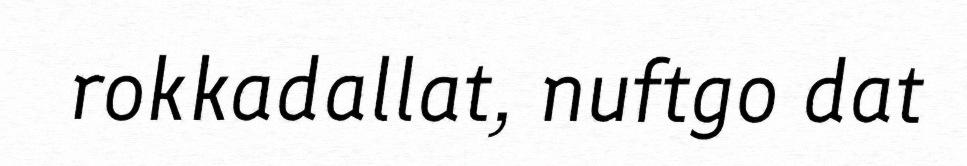
rokkadallat, nuftgo dat